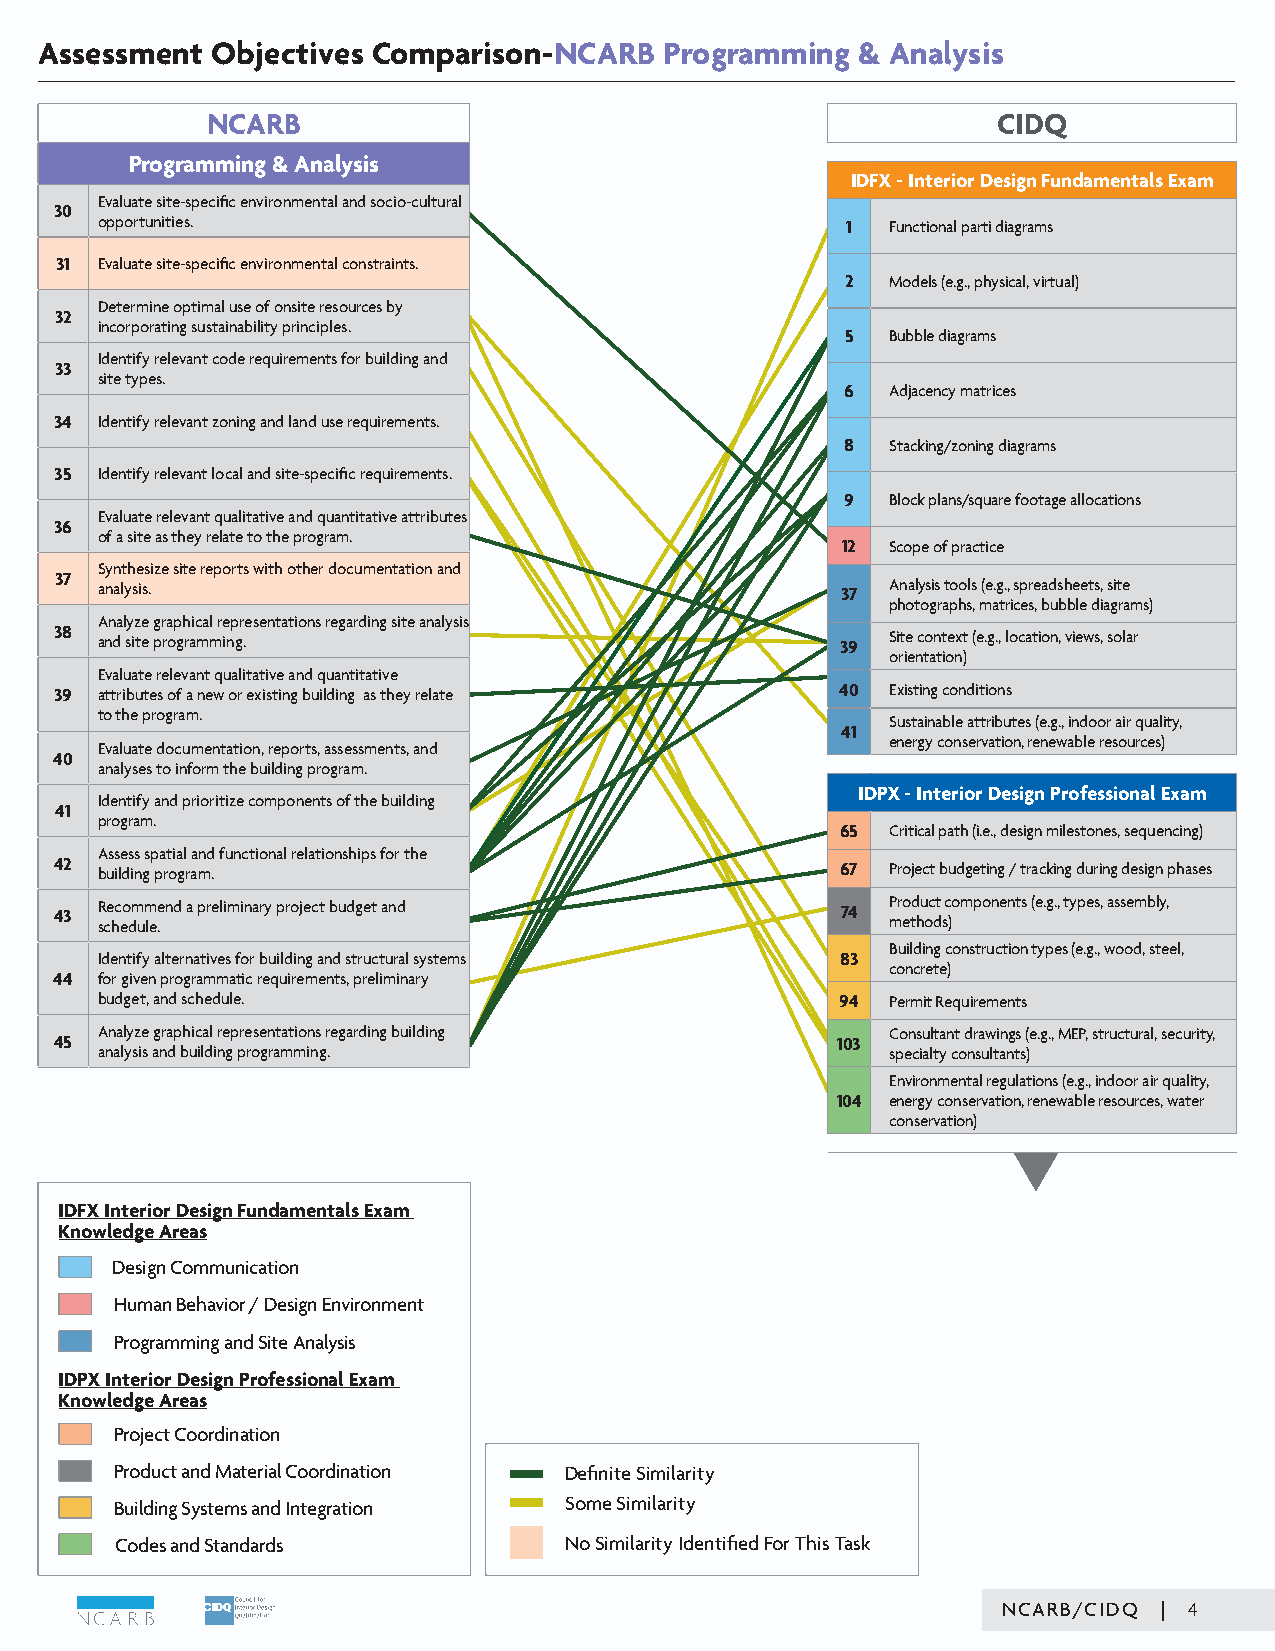
AAsssseessssmmeenntt OObbjjeeccttiivvees -C NoCmApRaBri sPorno-gNraCmARmBin Pgr o&g rAanmamlyisnisg & Analysis
 NCARB                                               CIDQ
 Programming & Analysis
 IDFX - Interior Design Fundamentals Exam
 Evaluate site-specific environmental and socio-cultural
 30
 opportunities.                                    1  Functional parti diagrams
 31 Evaluate site-specific environmental constraints.
 2  Models (e.g., physical, virtual)
 Determine optimal use of onsite resources by
 32
 incorporating sustainability principles.
 5  Bubble diagrams
 Identify relevant code requirements for building and
 33
 site types.
 6  Adjacency matrices
 34 Identify relevant zoning and land use requirements.
 8  Stacking/zoning diagrams
 35 Identify relevant local and site-specific requirements.
 9  Block plans/square footage allocations
 Evaluate relevant qualitative and quantitative attributes
 36
 of a site as they relate to the program.
 12 Scope of practice
 Synthesize site reports with other documentation and
 37 analysis.                                        37 Analysis tools (e.g., spreadsheets, site
 photographs, matrices, bubble diagrams)
 Analyze graphical representations regarding site analysis
 38 and site programming.                            39 Site context (e.g., location, views, solar
 orientation)
 Evaluate relevant qualitative and quantitative
 39 attributes of a new or existing building as they relate 40 Existing conditions
 to the program.
 Sustainable attributes (e.g., indoor air quality,
 41
 energy conservation, renewable resources)
 Evaluate documentation, reports, assessments, and
 40
 analyses to inform the building program.
 IDPX - Interior Design Professional Exam
 Identify and prioritize components of the building
 41
 program.
 65 Critical path (i.e., design milestones, sequencing)
 Assess spatial and functional relationships for the
 42 building program.                                67 Project budgeting / tracking during design phases
 43 R sce hc eo dm um lee .nd a preliminary project budget and 74 P mro etd hu oc dt sc )omponents (e.g., types, assembly,
 Building construction types (e.g., wood, steel,
 Identify alternatives for building and structural systems 83
 concrete)
 44 for given programmatic requirements, preliminary
 budget, and schedule.                             94 Permit Requirements
 Analyze graphical representations regarding building Consultant drawings (e.g., MEP, structural, security,
 45                                                 103
 analysis and building programming.                   specialty consultants)
 Environmental regulations (e.g., indoor air quality,
 104 energy conservation, renewable resources, water
 conservation)
 IDFX Interior Design Fundamentals Exam
 Knowledge Areas
 Design Communication
 Human Behavior / Design Environment
 Programming and Site Analysis
 IDPX Interior Design Professional Exam
 Knowledge Areas
 Project Coordination
 Product and Material Coordination Definite Similarity
 Building Systems and Integration Some Similarity
 Codes and Standards          No Similarity Identified For This Task
 NNCCAARRBB//CCIIDDQQ || 4108